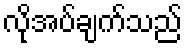
လိုအပ်ချက်သည်